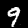
Digit: 9